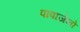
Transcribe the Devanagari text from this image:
पापाजेनो